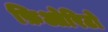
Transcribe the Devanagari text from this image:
फ़िओरिटो